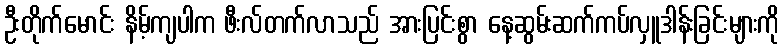
ဦးတိုက်မောင်း နိမ့်ကျပါက ဖီးလ်တက်လာသည် အားပြင်းစွာ နေ့ဆွမ်းဆက်ကပ်လှူဒါန်းခြင်းများကို